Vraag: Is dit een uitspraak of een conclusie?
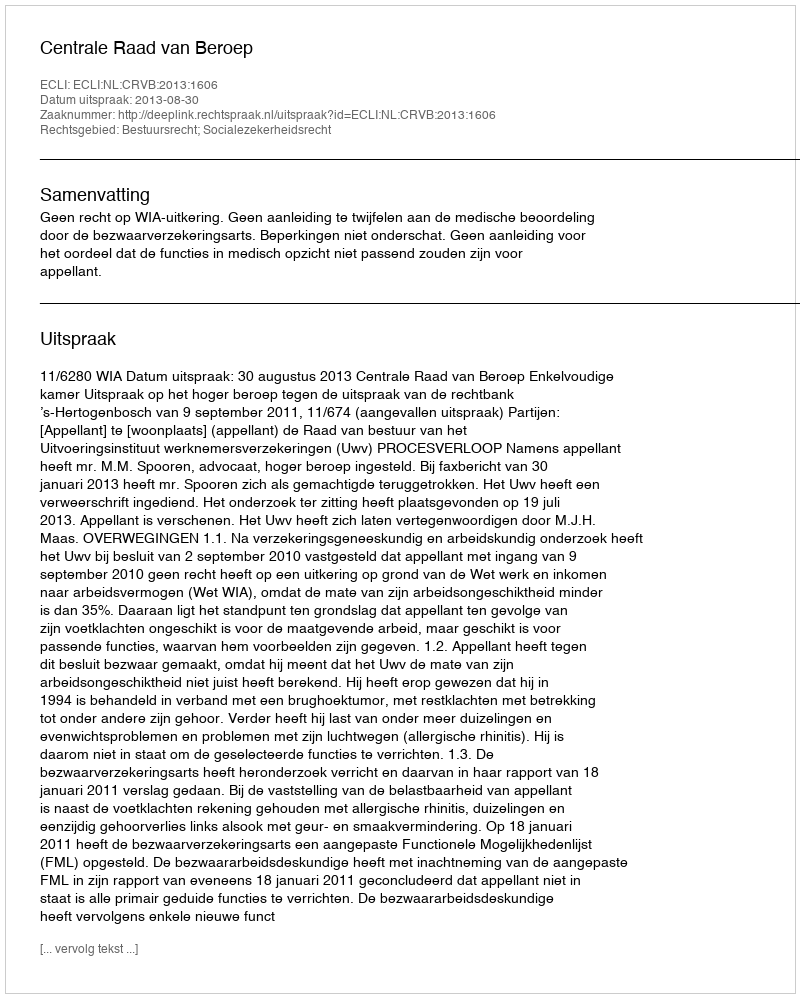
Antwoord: Uitspraak